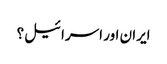
ایران اور اسرائیل؟